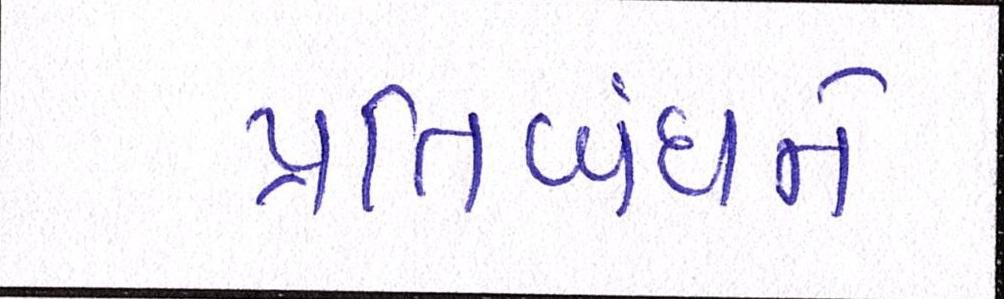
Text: પ્રતિબંધને